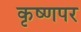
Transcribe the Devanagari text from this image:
कृष्णपर